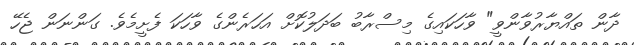
ދާން ތައްޔާރުވާންވީ" ވާހަކައިގެ މިސްރާބު ބަދަލުކޮށް އަހަރެންގެ ވާހަކަ ފެށީމެވެ. ގަންނަން ޖެހޭ